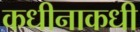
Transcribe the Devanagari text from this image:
कधीनाकधी